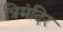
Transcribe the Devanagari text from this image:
त्रिमंदिर